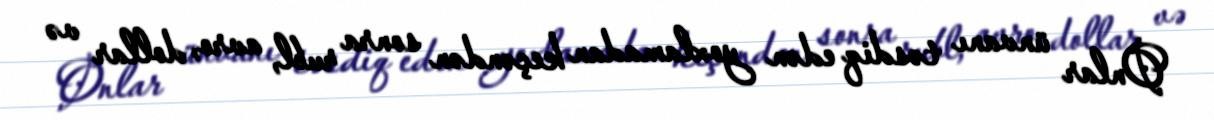
Onlar ünvanı təsdiq edən yoxlamadan keçəndən sonra rubl, avro, dollar və